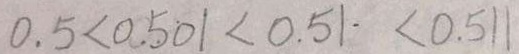
0 . 5 < 0 . 5 0 1 < 0 . 5 1 . < 0 . 5 1 1